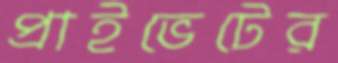
প্রাইভেটের